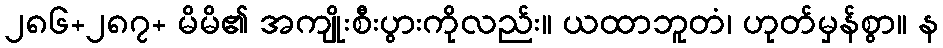
၂၈၆+၂၈၇+ မိမိ၏ အကျိုးစီးပွားကိုလည်း။ ယထာဘူတံ၊ ဟုတ်မှန်စွာ။ န